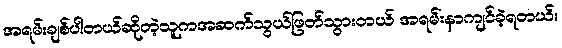
အရမ်းချစ်ပါတယ်ဆိုတဲ့သူကအဆက်သွယ်ဖြတ်သွားတယ် အရမ်းနာကျင်ခဲ့ရတယ်။